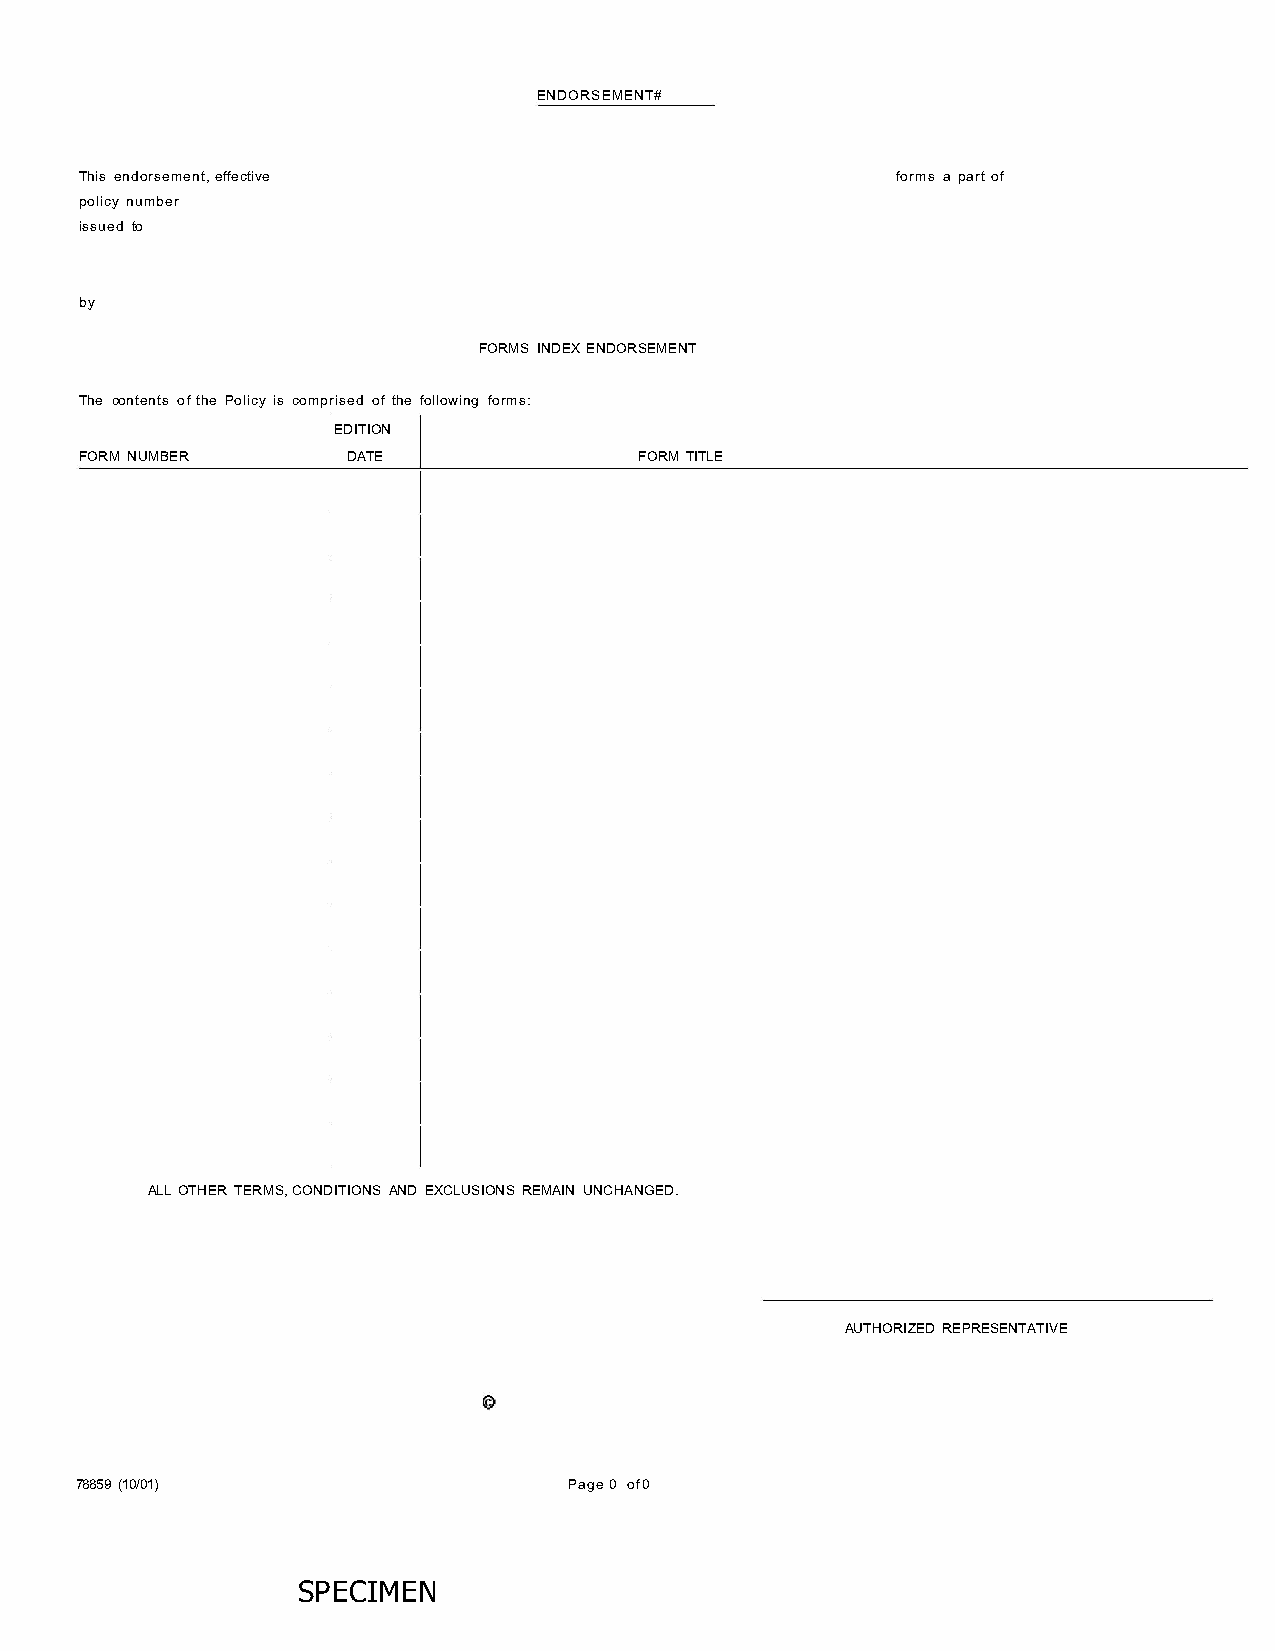
ENDORSEMENT#
 This endorsement, effective                           forms a part of
 policy number
 issued to
 by
 FORMS INDEX ENDORSEMENT
 The contents of the Policy is comprised of the following forms:
 EDITION
 FORM NUMBER       DATE               FORM TITLE
 ALL OTHER TERMS, CONDITIONS AND EXCLUSIONS REMAIN UNCHANGED.
 AUTHORIZED REPRESENTATIVE
 78859 (10/ 01)                   Page 0 of 0
 SP ECIMEN